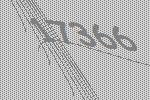
17366